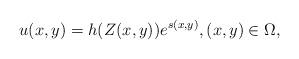
LaTeX: \begin{align*}u(x,y)=h(Z(x,y)) e^{s(x,y)}, (x,y)\in \Omega,\end{align*}